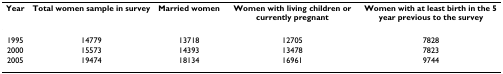
<table><thead><tr><td><b>Year</b></td><td><b>Total women sample in survey</b></td><td><b>Married women</b></td><td><b>Women with living children or currently pregnant</b></td><td><b>Women with at least birth in the 5 year previous to the survey</b></td></tr></thead><tbody><tr><td>1995</td><td>14779</td><td>13718</td><td>12705</td><td>7828</td></tr><tr><td>2000</td><td>15573</td><td>14393</td><td>13478</td><td>7823</td></tr><tr><td>2005</td><td>19474</td><td>18134</td><td>16961</td><td>9744</td></tr></tbody></table>